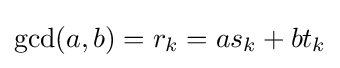
\gcd(a,b)=r_{k}=as_{k}+bt_{k}